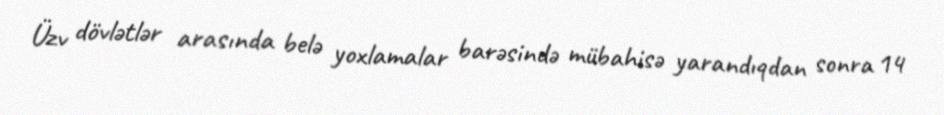
Üzv dövlətlər arasında belə yoxlamalar barəsində mübahisə yarandıqdan sonra 14